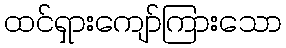
ထင်ရှားကျော်ကြားသော